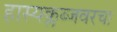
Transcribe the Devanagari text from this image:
हास्यक्लब्जवरचा